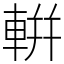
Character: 輧